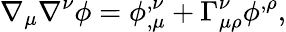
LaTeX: \nabla_{\mu}\nabla^{\nu}\phi=\phi_{,\mu}^{,\nu}+\Gamma_{\mu\rho}^{\nu}\phi^{,\rho},